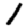
Digit: 1